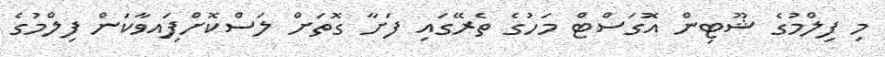
މި ފިލްމުގެ ޝޫޓިން އޮގަސްޓް މަހުގެ ތެރޭގައި ފަށާ ގޮތަށް ލަސްކޮށްފަިއވާކަން ފިލްމުގެ